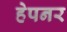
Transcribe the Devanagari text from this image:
हेपनर